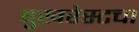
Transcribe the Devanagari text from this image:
बुखरेस्टचा